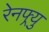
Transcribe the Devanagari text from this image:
रेनफ्र्यु